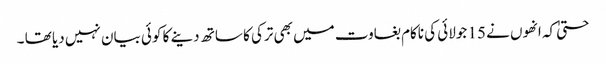
حتیٰ کہ انھوں نے 15 جولائی کی ناکام بغاوت میں بھی ترکی کا ساتھ دینے کا کوئی بیان نہیں دیا تھا ۔